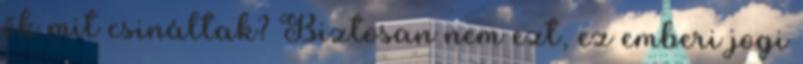
ők mit csináltak? Biztosan nem ezt, ez emberi jogi